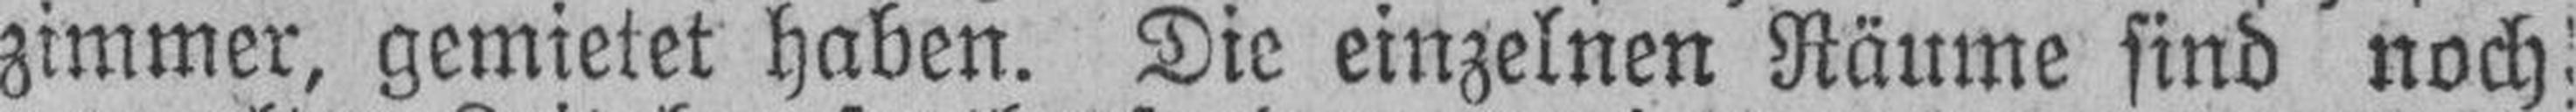
zimmer, gemietet haben. Die einzelnen Räume sind noch